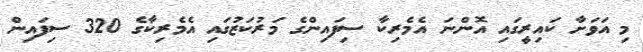
މި އަވަށާ ކައިރީގައި އޮންނަ އެމެރިކާ ސިފައިންގެ މަރުކަޒުގައި އެމެރިކާގެ 320 ސިފައިން